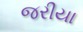
જરીયા